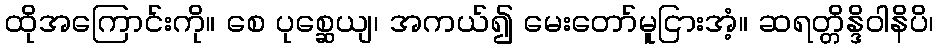
ထိုအကြောင်းကို။ စေ ပုစ္ဆေယျ၊ အကယ်၍ မေးတော်မူငြားအံ့။ ဆရတ္တိန္ဒိဝါနိပိ၊